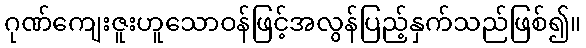
ဂုဏ်ကျေးဇူးဟူသောဝန်ဖြင့်အလွန်ပြည့်နှက်သည်ဖြစ်၍။